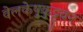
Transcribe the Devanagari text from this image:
वेलकेष़ुकुट्टुवन